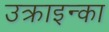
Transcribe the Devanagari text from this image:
उक्राइन्का